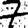
Digit: 7